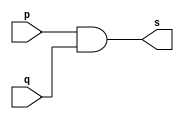
// ------------------------- 
// Exercicio0009 - AND 
// Nome: Lucas Cardoso 
// -------------------------

// ------------------------- 
// -- and gate 
// ------------------------- 
module andgate ( output s, 
input p, 
input q); 
assign s = (p & q); 
endmodule // andgate 

module andgate2 (output t,
input s,
input u);
assign t = (s & u);
endmodule //andgate

// --------------------- 
// -- test and gate 
// --------------------- 
module testandgate; 

// ------------------------- dados locais 
reg a, b, c; // definir registradores 
wire s, t; // definir conexao (fio) 

// ------------------------- instancia 
andgate AND1 (s, a, b); 
andgate AND2 (t, c, s);

// ------------------------- preparacao 
initial begin:start 
// atribuicao simultanea 
// dos valores iniciais 
a=0; b=0; c=0;
end 

// ------------------------- parte principal 
initial begin 
$display("Exercicio0009 - Lucas Cardoso - 441694"); 
$display("Test AND gate"); 
$display("\na & b & c = s\n"); 
a=0; b=0; c=0;
#1 $display("%b & %b & %b = %b", a, b, c, s); 
a=0; b=0; c=1;
#1 $display("%b & %b & %b = %b", a, b, c, s);
a=0; b=1; c=0;
#1 $display("%b & %b & %b = %b", a, b, c, s); 
a=0; b=1; c=1;
#1 $display("%b & %b & %b = %b", a, b, c, s); 
a=1; b=0; c=0;
#1 $display("%b & %b & %b = %b", a, b, c, s);
a=1; b=0; c=1;
#1 $display("%b & %b & %b = %b", a, b, c, s); 
a=1; b=1; c=0;
#1 $display("%b & %b & %b = %b", a, b, c, s);
a=1; b=1; c=1;
end 
endmodule // testandgate